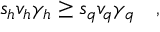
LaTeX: s _ { h } v _ { h } \gamma _ { h } \geq s _ { q } v _ { q } \gamma _ { q } \quad ,